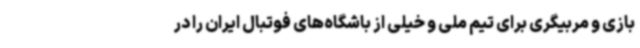
بازی و مربیگری برای تیم ملی و خیلی از باشگاه‌های فوتبال ایران را در